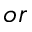
o r